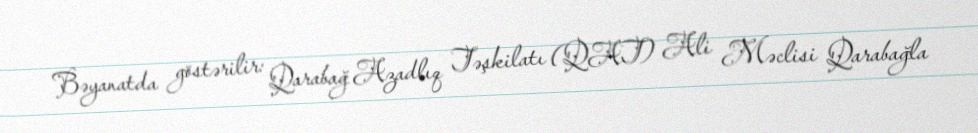
Bəyanatda göstərilir: Qarabağ Azadlıq Təşkilatı (QAT) Ali Məclisi Qarabağla